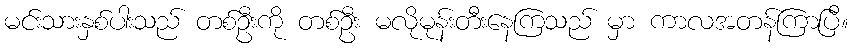
မင်းသားနှစ်ပါးသည် တစ်ဦးကို တစ်ဦး မလိုမုန်းတီးနေကြသည် မှာ ကာလအတန်ကြာပြီ။